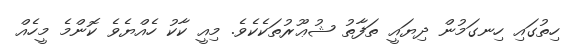
ހިތުގައި ހިނގަމުން ދިޔައީ ތަފާތު ޝުޢޫރުތަކެކެވެ. މިއީ ކާކު ހެއްޔެވެ ކޮންމެ މީހެއް